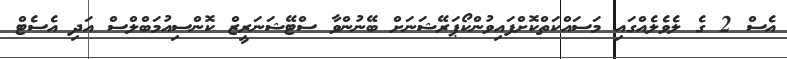
އެސް 2 ގެ ލެވެލެއްގައި މަސައްކަތްކޮށްފައިވުންކޯޕަރޭޝަނަށް ބޭނުންވާ ސްޓޭޝަނަރީޒް ކޮންސިއުމަބްލްސް އަދި އެސެޓް